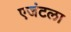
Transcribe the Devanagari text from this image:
एजंटला